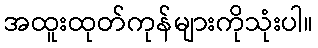
အထူးထုတ်ကုန်များကိုသုံးပါ။